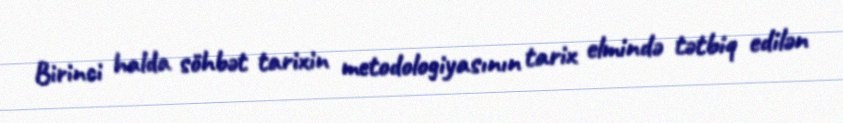
Birinci halda söhbət tarixin metodologiyasının tarix elmində tətbiq edilən